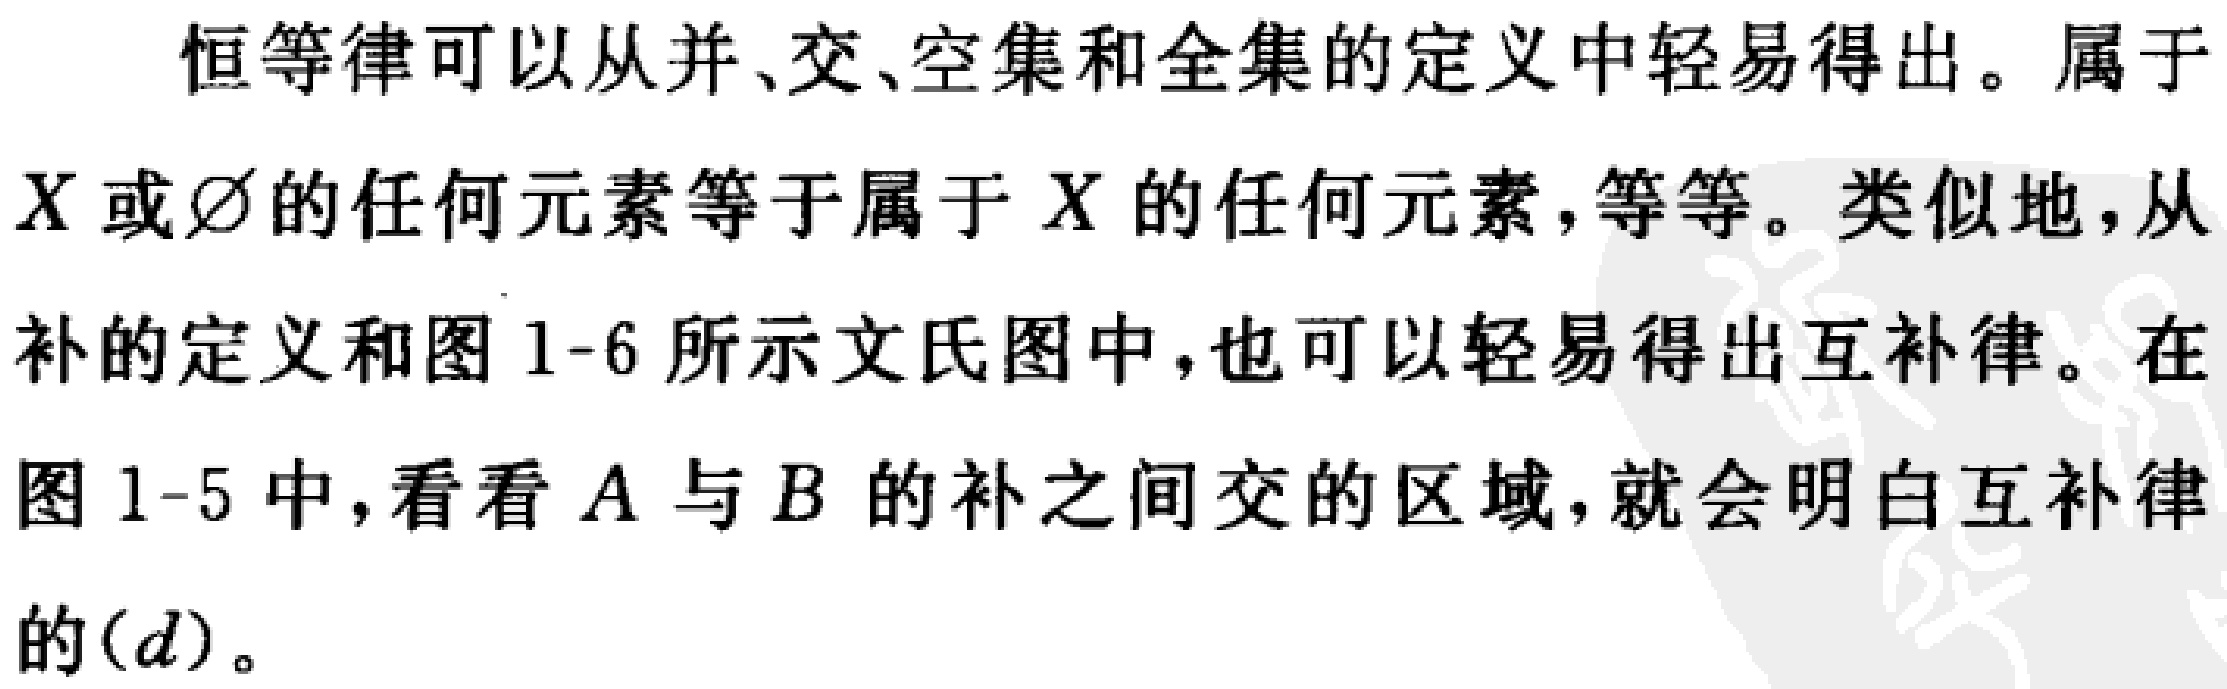
恒等律可以从并、交、空集和全集的定义中轻易得出。属于$X$或$\varnothing$的任何元素等于属于$X$的任何元素，等等。类似地，从补的定义和图1-6所示文氏图中，也可以轻易得出互补律。在图1-5中，看看$A$与$B$的补之间交的区域，就会明白互补律的$(d)$。